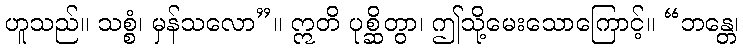
ဟူသည်။ သစ္စံ၊ မှန်သလော”။ ဣတိ ပုစ္ဆိတွာ၊ ဤသို့မေးသောကြောင့်။ “ဘန္တေ၊